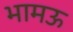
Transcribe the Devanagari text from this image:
भामऊ